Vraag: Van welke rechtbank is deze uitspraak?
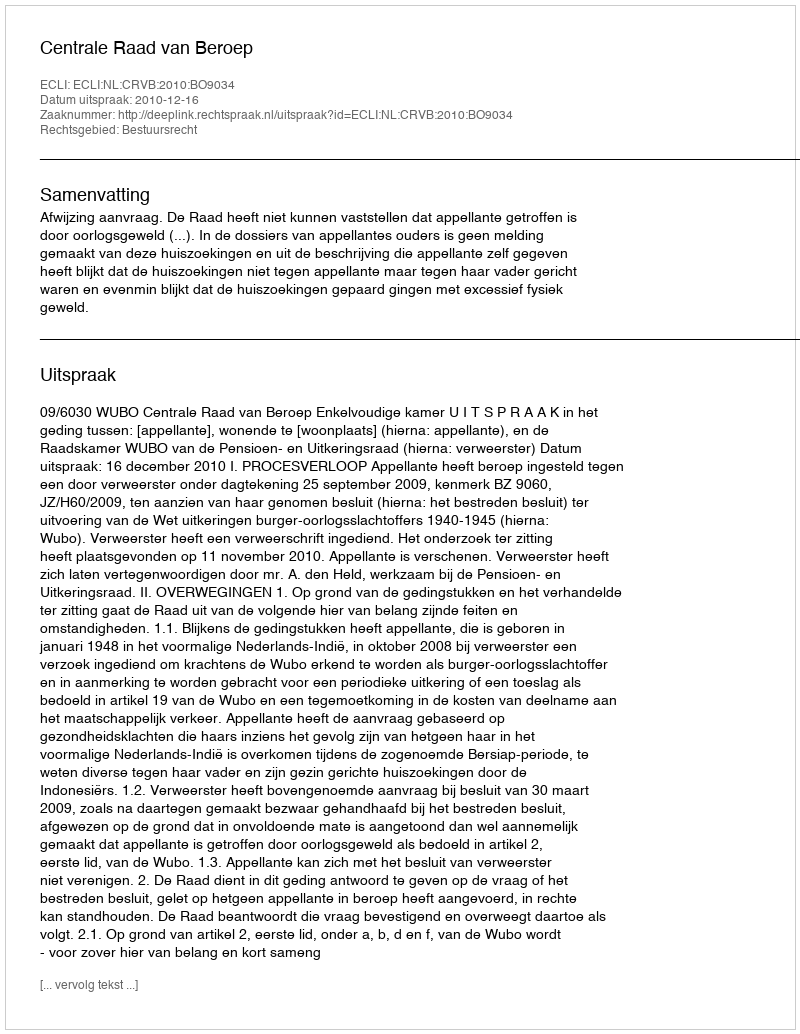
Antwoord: Centrale Raad van Beroep